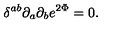
\delta ^ { a b } \partial _ { a } \partial _ { b } e ^ { 2 \Phi } = 0 .